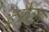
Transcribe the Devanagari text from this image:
ट्रफेल्स